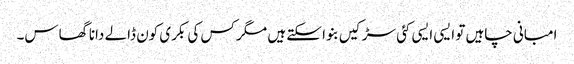
امبانی چاہیں تو ایسی ایسی کئی سڑکیں بنوا سکتے ہیں مگر کس کی بکری کون ڈالے دانا گھاس۔